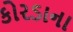
કોરડાના